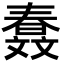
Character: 𣁤